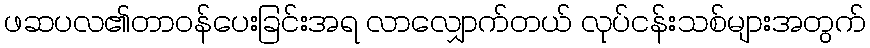
ဖဆပလ၏တာဝန်ပေးခြင်းအရ လာလျှောက်တယ် လုပ်ငန်းသစ်များအတွက်